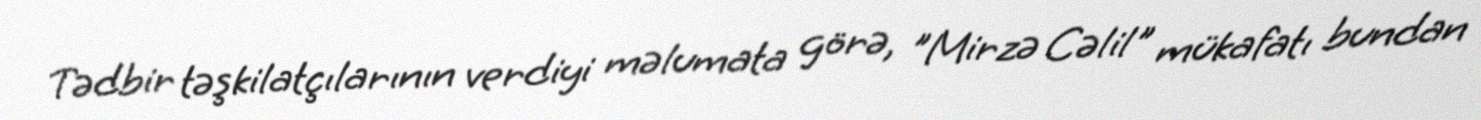
Tədbir təşkilatçılarının verdiyi məlumata görə, "Mirzə Cəlil" mükafatı bundan